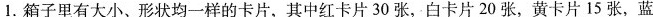
1.箱子里有大小、形状均一样的卡片，其中红卡片30张，白卡片20张，黄卡片15张，蓝